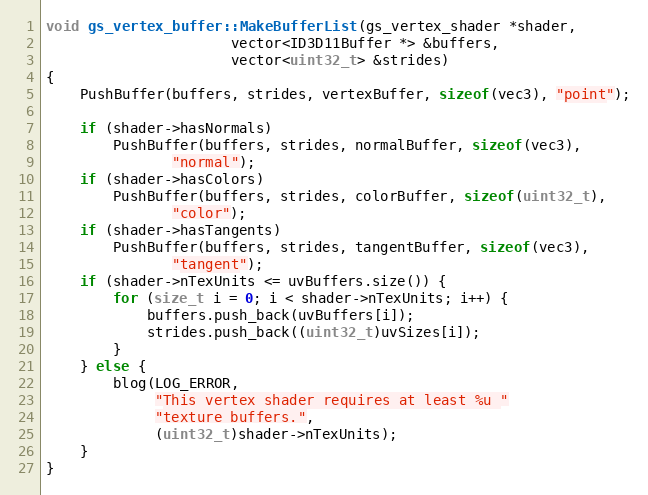
Language: C++
void gs_vertex_buffer::MakeBufferList(gs_vertex_shader *shader,
				      vector<ID3D11Buffer *> &buffers,
				      vector<uint32_t> &strides)
{
	PushBuffer(buffers, strides, vertexBuffer, sizeof(vec3), "point");

	if (shader->hasNormals)
		PushBuffer(buffers, strides, normalBuffer, sizeof(vec3),
			   "normal");
	if (shader->hasColors)
		PushBuffer(buffers, strides, colorBuffer, sizeof(uint32_t),
			   "color");
	if (shader->hasTangents)
		PushBuffer(buffers, strides, tangentBuffer, sizeof(vec3),
			   "tangent");
	if (shader->nTexUnits <= uvBuffers.size()) {
		for (size_t i = 0; i < shader->nTexUnits; i++) {
			buffers.push_back(uvBuffers[i]);
			strides.push_back((uint32_t)uvSizes[i]);
		}
	} else {
		blog(LOG_ERROR,
		     "This vertex shader requires at least %u "
		     "texture buffers.",
		     (uint32_t)shader->nTexUnits);
	}
}